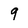
Character: 9